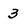
Character: 3